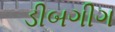
ડીબગીગ